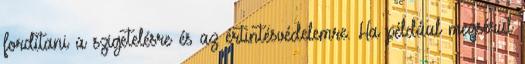
fordítani a szigetelésre és az értintésvédelemre. Ha például megsérül